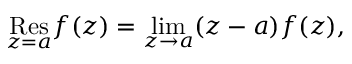
{ \underset { z = a } { \mathrm { R e s } } } f ( z ) = \operatorname* { l i m } _ { z \rightarrow a } ( z - a ) f ( z ) ,